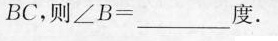
BC，则$$∠ B = _____ 度$$.